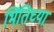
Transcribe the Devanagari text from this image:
भिंतिच्या